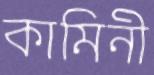
কামিনী